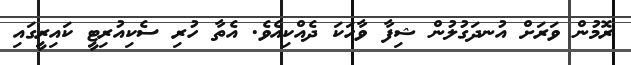
ރޮމުން ވަރަށް އުނދަގުލުން ޝިފާ ވާހަކަ ދެއްކިއެވެ. އެތާ ހުރި ސެކިއުރިޓީ ކައިރީގައި